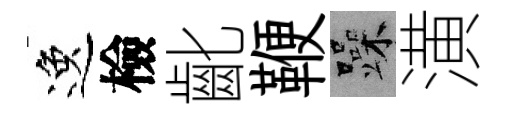
逸檢齔鞭躁潢